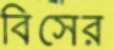
বিসের